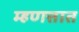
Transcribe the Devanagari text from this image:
म्हणत्तात